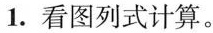
1.看图列式计算。